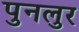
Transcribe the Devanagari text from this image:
पुनलुर